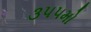
૩૫૫મો